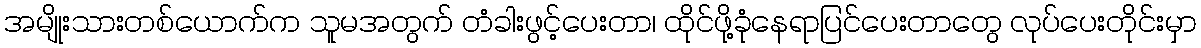
အမျိုးသားတစ်ယောက်က သူမအတွက် တံခါးဖွင့်ပေးတာ၊ ထိုင်ဖို့ခုံနေရာပြင်ပေးတာတွေ လုပ်ပေးတိုင်းမှာ